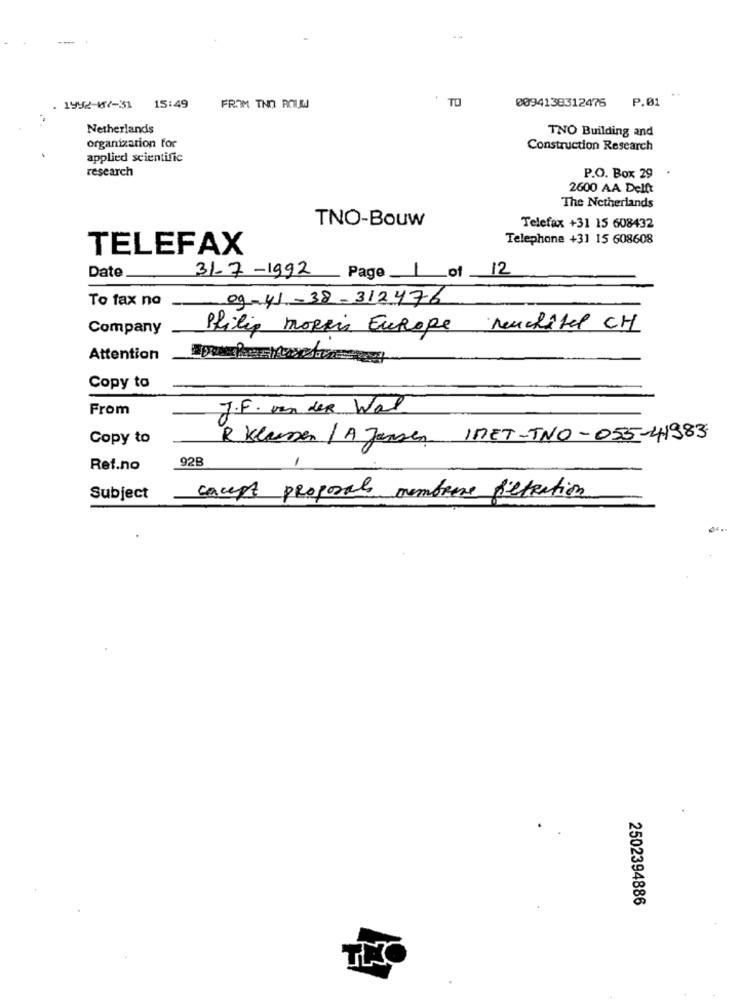
TO
0094138312475
P.01
1992-07-31 15:49
FROM TNO ROUW
Netherlands
TNO Building and
organization for
Construction Research
applied scientific
research
P.O. Box 29
2600 AA Delft
The Netherlands
TNO-Bouw
Telefax +31 15 608432
Telephone +31 15 608608
TELEFAX
31-7-1992
12
Date
_ Page _____ of
To fax no
Company
Philip MORRIS Europe Neuchâtel CH
Attention
Copy to
From
J.F. van der Wal
Copy to
R Klassen / A Jansen IMET-TNO-055-41983
92B
Ret.no
cacept proposals membrane filtration
Subject
2502394886
THO